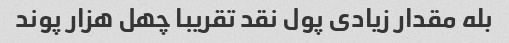
بله مقدار زیادی پول نقد تقریبا چهل هزار پوند